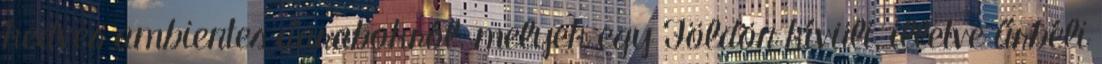
kedves ambientes darabokról, melyek egy Földön kívüli, illetve űrbéli